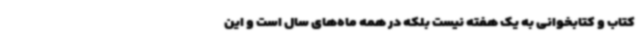
کتاب و کتابخوانی به یک هفته نیست بلکه در همه ماه‌های سال است و این